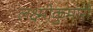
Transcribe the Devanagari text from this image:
लक्ष्मीकुमारी